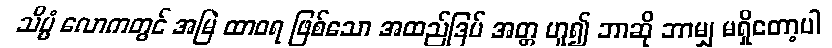
သိပ္ပံ လောကတွင် အမြဲ ထာဝရ ဖြစ်သော အထည်ဒြပ် အတ္တ ဟူ၍ ဘာဆို ဘာမျှ မရှိတော့ပါ